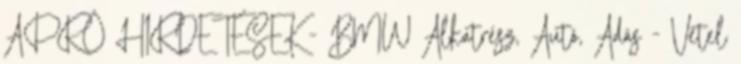
APRÓ HIRDETÉSEK - BMW Alkatrész, Autó, Adás - Vétel